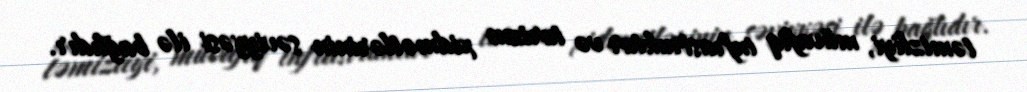
təmizliyi, müvafiq infrastruktur və turizm xidmətlərinin səviyyəsi ilə bağlıdır.